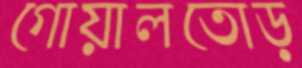
গোয়ালতোড়